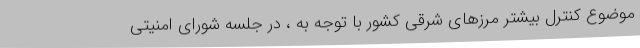
موضوع کنترل بیشتر مرزهای شرقی کشور با توجه به ، در جلسه شورای امنیتی